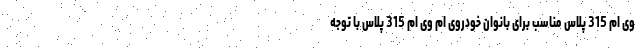
وی ام 315 پلاس مناسب برای بانوان خودروی ام وی ام 315 پلاس با توجه